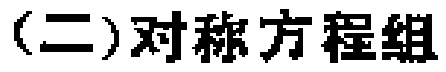
(二)对称方程组